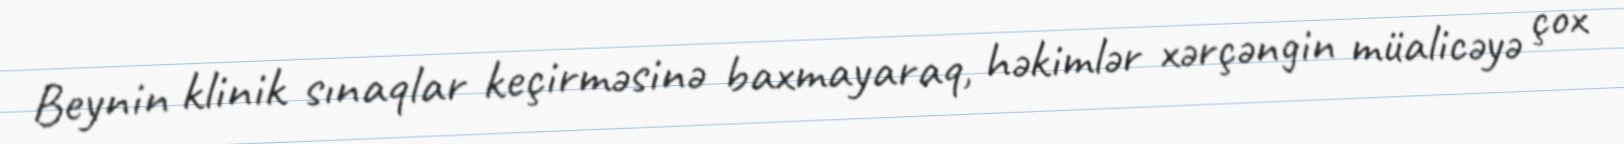
Beynin klinik sınaqlar keçirməsinə baxmayaraq, həkimlər xərçəngin müalicəyə çox